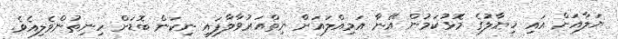
ޔަލާއަށް އައި ޚިޔާލުގެ މޮޅުކަމުން އޭނާ އަމިއްލައަށް ނިތްއަރުވާލާފައި ނިކަން ބޮޑަށް ހިނިތުންވެލިއެވެ.